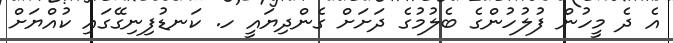
އެ ދެ މީހުން ފުލުހުންގެ ބެލުމުގެ ދަށަށް ގެންދިޔައީ ހ. ކަނޑުފިނިގޭގައި ކުއްޔަށް